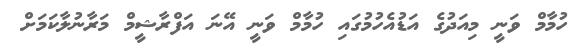
ހުމާމް ވަނީ މިއަދުގެ އަޑުއެހުމުގައި ހުމާމް ވަނީ އޭނަ އަފްރާޝީމް މަރާނުލާކަމަށް